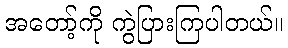
အတော့်ကို ကွဲပြားကြပါတယ်။